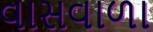
વાસવાળા